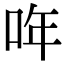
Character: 哖